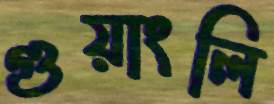
গুয়াংলি